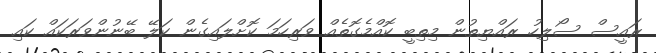
ރައީސް ސޯލިހު ރައްޔިތުން މިތިބީ ކޮއްމެގޮތެއް ވަރިހަމަ ކޮށްލައިގެން ކަލޭ ބޭނުންވަރަކައް ކައި